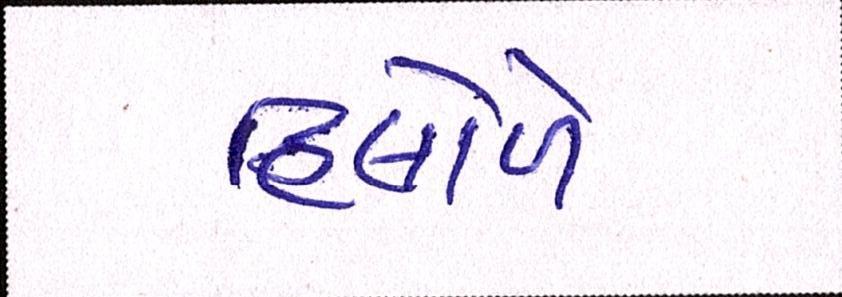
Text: હિલોળે